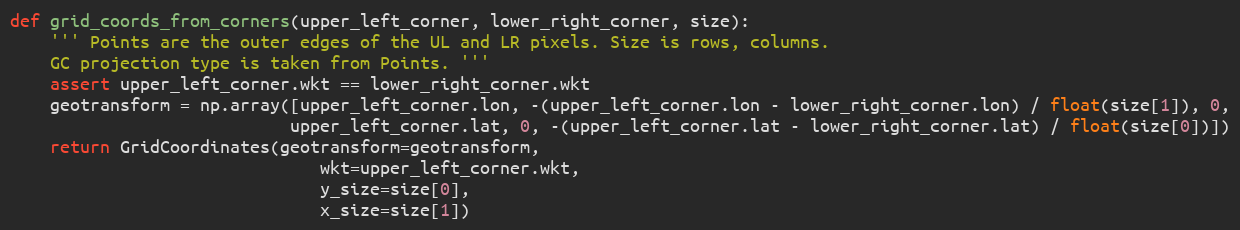
Language: Python
def grid_coords_from_corners(upper_left_corner, lower_right_corner, size):
    ''' Points are the outer edges of the UL and LR pixels. Size is rows, columns.
    GC projection type is taken from Points. '''
    assert upper_left_corner.wkt == lower_right_corner.wkt
    geotransform = np.array([upper_left_corner.lon, -(upper_left_corner.lon - lower_right_corner.lon) / float(size[1]), 0,
                            upper_left_corner.lat, 0, -(upper_left_corner.lat - lower_right_corner.lat) / float(size[0])])
    return GridCoordinates(geotransform=geotransform,
                               wkt=upper_left_corner.wkt,
                               y_size=size[0],
                               x_size=size[1])